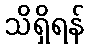
သိရှိရန်